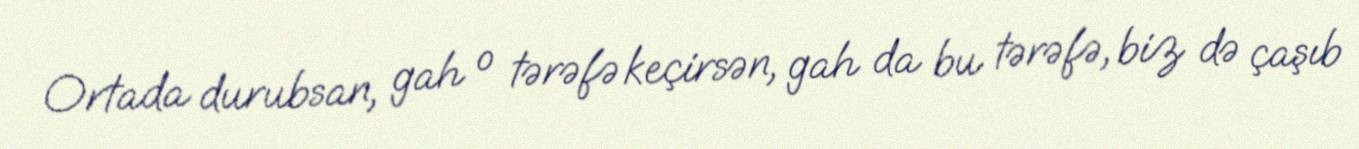
Ortada durubsan, gah o tərəfə keçirsən, gah da bu tərəfə, biz də çaşıb